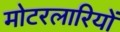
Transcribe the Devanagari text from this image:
मोटरलारियों